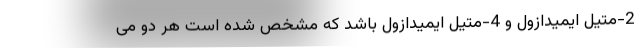
2-متیل ایمیدازول و 4-متیل ایمیدازول باشد که مشخص شده است هر دو می